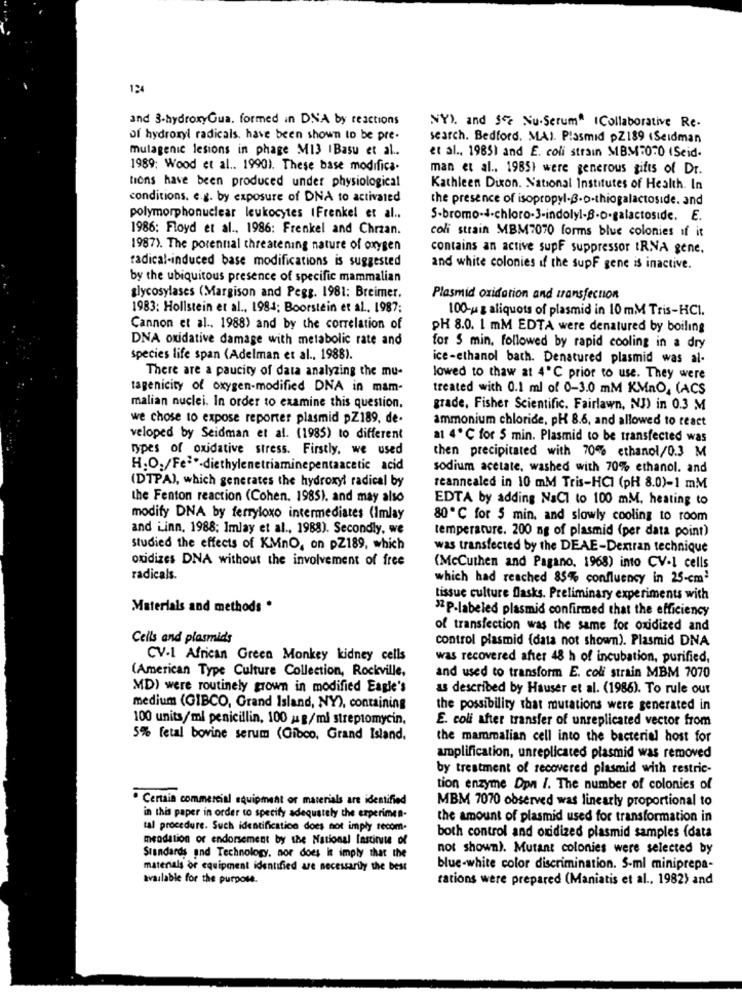
124
and 3-hydroxyGua. formed in DNA by reactions
NY), and 55 Nu.Serum" ICollaborative Re.
of hydroxyl radicals, have been shown to be pre-
search. Bedford. MAJ. Plasmid pZ189 (Seidman
mulagenic lesions in phage M13 IBasu et al ..
et al ., 19851 and E. coli strain MBM=0.0 (Seid-
1989; Wood et al .. 1990). These base modifica.
man et al ., 1985) were generous gifts of Dr.
lions have been produced under physiological
Kathleen Dixon. National Institutes of Health. In
conditions. e.g. by exposure of DNA to activated
the presence of isopropyl-B-o-thiogalactoside. and
polymorphonuclear leukocytes IFrenkel et al ..
S-bromo-4-chloro-3-indolyl-B-D-galactoside. E.
1986: Floyd et al ., 1986: Frenkel and Chrzan.
coli strain MBM7070 forms blue colonies if it
1987). The porennal threatening nature of oxygen
contains an active supF suppressor IRNA gene.
radical-induced base modifications is suggested
and white colonies if the supF gene is inactive.
by the ubiquitous presence of specific mammalian
glycosylases (Margison and Pegg. 1981: Breimer.
Plasmid oxidation and transfection
1983: Hollstein et al ., 1984; Boorstein et al ., 1987;
100-u z aliquots of plasmid in 10 mM Tris-HCI.
Cannon et al ., 1988) and by the correlation of
PH 8.0. 1 mM EDTA were denatured by boiling
DNA oxidative damage with metabolic rate and
for $ min, followed by rapid cooling in a dry
species life span (Adelman et al ., 1988).
ice-ethanol bath. Denatured plasmid was al-
There are a paucity of data analyzing the mu-
lowed to thaw at 4℃ prior to use. They were
tagenicity of oxygen-modified DNA in mam-
treated with 0.1 ml of 0-3.0 mM KMnO, (ACS
malian nuclei. In order to examine this question.
grade, Fisher Scientific. Fairlawn, NJ) in 0.3 M
we chose to expose reporter plasmid pZ189, de-
ammonium chloride, pH 8.6, and allowed to react
veloped by Seidman et al. (1985) to different
a1 4℃ for $ min. Plasmid to be transfected was
types of oxidative stress. Firstly, we used
then precipitated with 70% ethanol/0.3 M
H.O./Fe3 .- diethylenetriaminepentaacetic acid
sodium acetate, washed with 70% ethanol. and
(DTPA), which generates the hydroxyl radical by
reannealed in 10 mM Tris-HCI (pH 8.0)-1 mM
the Fenton reaction (Cohen. 1985), and may also
EDTA by adding NaCl to 100 mM. heating to
modify DNA by ferryloxo intermediates (Imlay
80℃ for 5 min. and slowly cooling to room
and Linn, 1988; Imlay et al ., 1988). Secondly, we
temperature. 200 ng of plasmid (per data point)
Studied the effects of KMnO, on pZ189, which
was transfected by the DEAE-Dextran technique
oxidizes DNA without the involvement of free
(McCuthen and Pagano, 1968) into CV-1 cells
radicals.
which had reached 85% confluency in 25-cm'
tissue culture Dlasks. Preliminary experiments with
Materials and methods .
$2P-labeled plasmid confirmed that the efficiency
of transfection was the same for oxidized and
Cells and plasmids
control plasmid (data not shown). Plasmid DNA
CV-I African Green Monkey kidney cells
was recovered after 48 h of incubation, purified,
(American Type Culture Collection, Rockville,
and used to transform E. coli strain MBM 7070
MD) were routinely grown in modified Eagle's
as described by Hauser et al. (1986). To rule our
medium (GIBCO, Grand Island, NY), containing
the possibility that mutations were generated in
100 units/ml penicillin, 100 mg/ml streptomycin.
E. coli after transfer of unreplicated vector from
5% fetal bovine serum (Gioco, Grand Island,
the mammalian cell into the bacterial host for
amplification, unreplicated plasmid was removed
by treatment of recovered plasmid with restric-
tion enzyme Dpn /. The number of colonies of
Certain commercial equipment or materials are identified
MBM 7070 observed was linearly proportional to
in this paper in order to specify adequately the experimen-
the amount of plasmid used for transformation in
tal procedure. Such identification does not imply recom.
meodation or endorsement by the National Institute of
both control and oxidized plasmid samples (data
not shown). Mutant colonies were selected by
Standards and Technology, nor does it imply that the
materials or equipment identified are necessarily the best
blue-white color discrimination. S-ml miniprepa-
available for the purpose.
rations were prepared (Maniatis et al ., 1982) and